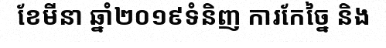
ខែមីនា ឆ្នាំ២០១៩ទំនិញ ការកែច្នៃ និង